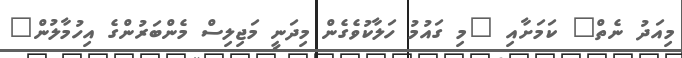
މިއަދު ނެތް" ކަމަށާއި "މި ގައުމު ހަލާކުވެގެން މިދަނީ މަޖިލިސް މެންބަރުންގެ އިހުމާލުން"